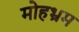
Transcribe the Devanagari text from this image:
मोहभ्रम